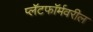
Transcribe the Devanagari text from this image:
प्लॅटफॉर्मवरील